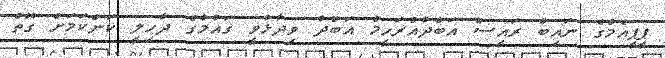
ޕީޕީއެމްގެ ނައިބް ރައީސް އަބްދުއްރަހީމް އަބްދު ވިދާޅުވީ ގައުމުގެ ދާހިލީ ކަންކަމަށް ގޮތް